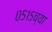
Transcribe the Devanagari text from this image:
०५१५च्या